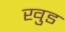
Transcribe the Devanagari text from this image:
खुड